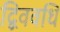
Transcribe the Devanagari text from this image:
द्विववधि